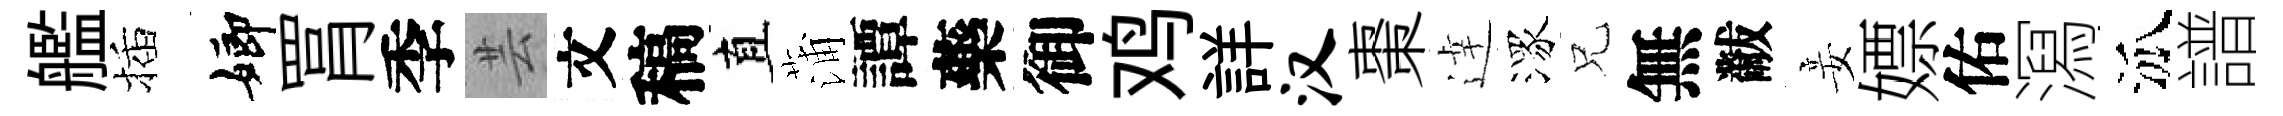
艦插嫏罥季芸文稿直蒲譚藥御鸡詳汉棗逹潈兄無黻妾嫖佑㵼泒譜